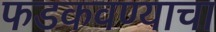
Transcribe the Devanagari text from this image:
फडकवण्याचा